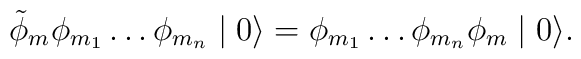
\tilde{\phi}_{m} \phi_{m_{1}} \ldots \phi_{m_{n}}\mid 0 \rangle =\phi_{m_{1}} \ldots \phi_{m_{n}} \phi_{m} \mid 0 \rangle .